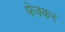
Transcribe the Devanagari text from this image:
फेक्कर